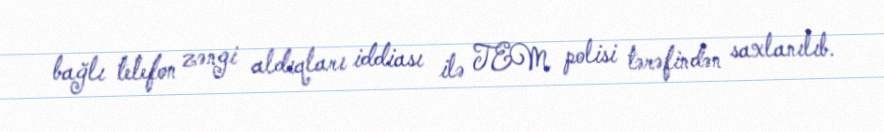
bağlı telefon zəngi aldıqları iddiası ilə TEM polisi tərəfindən saxlanılıb.